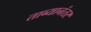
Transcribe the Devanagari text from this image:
ताब्यानंतर